Preliminary report on the killing of rats and rat fleas by hydrocyanic acid gas - Number 38
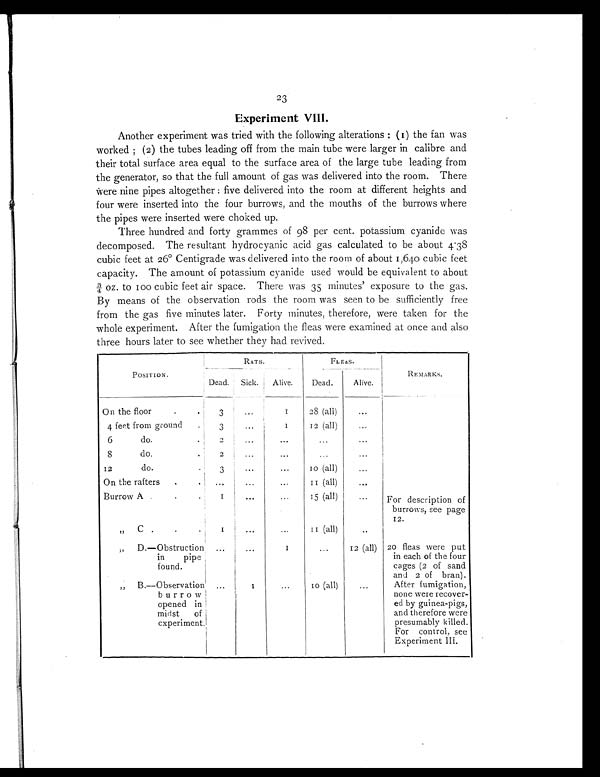
23
Experiment VIII.
Another experiment was tried with the following alterations: (1) the fan was
worked; (2) the tubes leading off from the main tube were larger in calibre and
their total surface area equal to the surface area of the large tube leading from
the generator, so that the full amount of gas was delivered into the room. There
were nine pipes altogether: five delivered into the room at different heights and
four were inserted into the four burrows, and the mouths of the burrows where
the pipes were inserted were choked up.
Three hundred and forty grammes of 98 per cent. potassium cyanide was
decomposed. The resultant hydrocyanic acid gas calculated to be about 4.38
cubic feet at 26° Centigrade was delivered into the room of about 1,640 cubic feet
capacity. The amount of potassium cyanide used would be equivalent to about
¾ oz. to 100 cubic feet air space. There was 35 minutes' exposure to the gas.
By means of the observation rods the room was seen to be sufficiently free
from the gas five minutes later. Forty minutes, therefore, were taken for the
whole experiment. After the fumigation the fleas were examined at once and also
three hours later to see whether they had revived.
POSITION.
RATS.
FLEAS.
REMARKS.
Dead. Sick.
Alive.
Dead.
Alive.
On the floor
.
.
3
...
1 28 (all)
...
4 feet from ground
.
3
...
1 12 (all)
...
6 do.
.
2
...
...
...
...
8 do.
.
2
...
...
...
...
12 do.
.
3
...
...
10 (all)
...
On the rafters
.
.
. . .
. . .
. . .
11 (all)
...
Burrow A
.
.
.
1
. . .
. . .
15 (all)
. . .
For description of
burrows, see page
12.
„ C .
.
.
1
...
. . .
11 (all)
..
„ D.—Obstruction
in pipe
found.
...
...
1
...
12(all) 20 fleas were put
in each of the four
cages (2 of sand
and 2 of bran).
„ B.—Observation
burrow
opened in
midst of
experiment.
...
1
...
10 (all)
...
After fumigation,
none were recover-
ed by guinea-pigs,
and therefore were
presumably killed.
For control, see
Experiment III.